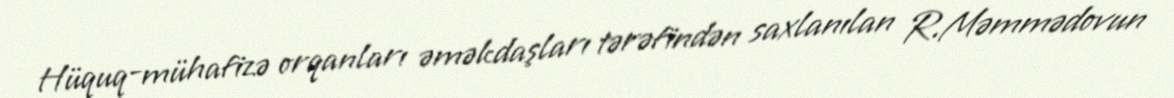
Hüquq-mühafizə orqanları əməkdaşları tərəfindən saxlanılan R.Məmmədovun